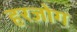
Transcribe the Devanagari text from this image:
हरज़ोग